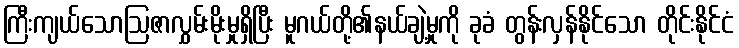
ကြီးကျယ်သောဩဇာလွှမ်းမိုးမှုရှိပြီး မူဂယ်တို့၏နယ်ချဲ့မှုကို ခုခံ တွန်းလှန်နိုင်သော တိုင်းနိုင်ငံ